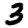
Digit: 3